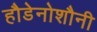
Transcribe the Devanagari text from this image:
हौडेनोशौनी